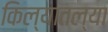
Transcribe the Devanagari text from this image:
किल्यातल्या